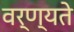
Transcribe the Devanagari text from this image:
वर्ण्यते